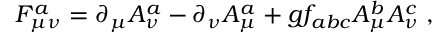
F _ { \mu \nu } ^ { a } = \partial _ { \mu } A _ { \nu } ^ { a } - \partial _ { \nu } A _ { \mu } ^ { a } + g f _ { a b c } A _ { \mu } ^ { b } A _ { \nu } ^ { c } \; ,